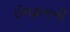
ઈશફાનની